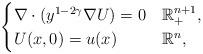
LaTeX: \begin{align*}\begin{cases}\nabla \cdot (y^{1-2\gamma}\nabla U )=0 & \mathbb{R}^{n+1}_+,\\U (x,0)=u(x) & \mathbb{R}^n,\end{cases}\end{align*}